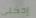
إدخلي